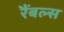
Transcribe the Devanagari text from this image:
रैंबल्स